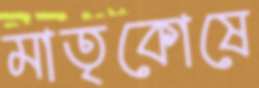
মাতৃকোষে